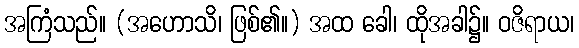
အကြံသည်။ (အဟောသိ၊ ဖြစ်၏။) အထ ခေါ၊ ထိုအခါ၌။ ဝဇိရာယ၊